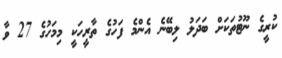
ކުރީގެ ނޫޓުތަކަށް ބަދަލު ލިބޭނެ އެންމެ ފަހުގެ ތާރީހަކީ މިމަހުގެ 27 ވާ